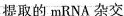
提取的mRNA杂交